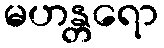
မဟန္တရော